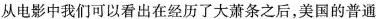
从电影中我们可以看出在经历了大萧条之后，美国的普通